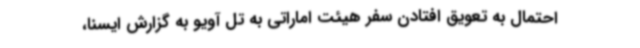
احتمال به تعویق افتادن سفر هیئت اماراتی به تل آویو به گزارش ایسنا،